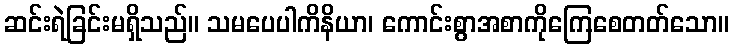
ဆင်းရဲခြင်းမရှိသည်။ သမပေပါကိနိယာ၊ ကောင်းစွာအစာကိုကြေစေတတ်သော။